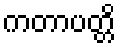
ကတာပတ္တိ